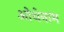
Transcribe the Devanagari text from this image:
ओथेनाम